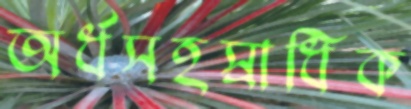
অর্ধসহস্রাধিক